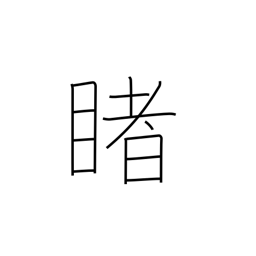
Meaning: look at